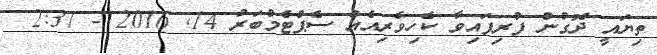
ތިޔައީ ދޮގުން ފުރިފައިވާ ކެހިވެރިއެއް ސެޕްޓެމްބަރު 14